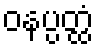
ဝနပ္ပတ္ထံ